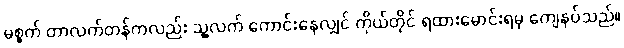
မစ္စက် တာလက်တန်ကလည်း သူ့လက် ကောင်းနေလျှင် ကိုယ်တိုင် ရထားမောင်းရမှ ကျေနပ်သည်။